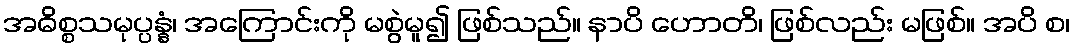
အဓိစ္စသမုပ္ပန္နံ၊ အကြောင်းကို မစွဲမူ၍ ဖြစ်သည်။ နာပိ ဟောတိ၊ ဖြစ်လည်း မဖြစ်။ အပိ စ၊